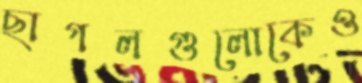
ছাগলগুলোকেও